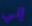
إني